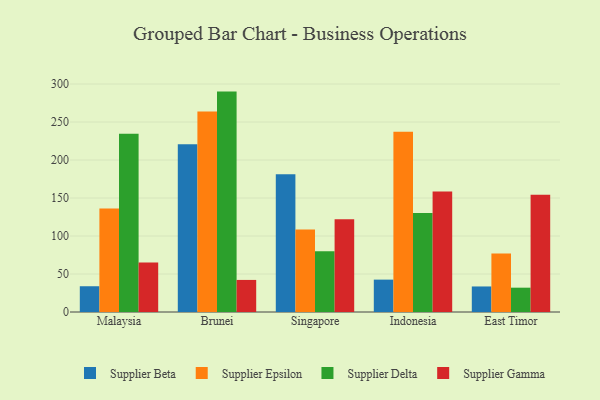
{"axis": {"x": "Country", "y": "Demand Index"}, "legend": ["Supplier Beta", "Supplier Delta", "Supplier Epsilon", "Supplier Gamma"], "data": [{"x": "Malaysia", "y": 33.9, "type": "Supplier Beta"}, {"x": "Malaysia", "y": 136.2, "type": "Supplier Epsilon"}, {"x": "Malaysia", "y": 234.7, "type": "Supplier Delta"}, {"x": "Malaysia", "y": 65.1, "type": "Supplier Gamma"}, {"x": "Brunei", "y": 220.8, "type": "Supplier Beta"}, {"x": "Brunei", "y": 263.7, "type": "Supplier Epsilon"}, {"x": "Brunei", "y": 290.0, "type": "Supplier Delta"}, {"x": "Brunei", "y": 42.2, "type": "Supplier Gamma"}, {"x": "Singapore", "y": 181.1, "type": "Supplier Beta"}, {"x": "Singapore", "y": 108.5, "type": "Supplier Epsilon"}, {"x": "Singapore", "y": 79.8, "type": "Supplier Delta"}, {"x": "Singapore", "y": 122.0, "type": "Supplier Gamma"}, {"x": "Indonesia", "y": 42.6, "type": "Supplier Beta"}, {"x": "Indonesia", "y": 237.2, "type": "Supplier Epsilon"}, {"x": "Indonesia", "y": 130.4, "type": "Supplier Delta"}, {"x": "Indonesia", "y": 158.5, "type": "Supplier Gamma"}, {"x": "East Timor", "y": 33.6, "type": "Supplier Beta"}, {"x": "East Timor", "y": 77.1, "type": "Supplier Epsilon"}, {"x": "East Timor", "y": 32.0, "type": "Supplier Delta"}, {"x": "East Timor", "y": 154.2, "type": "Supplier Gamma"}]}